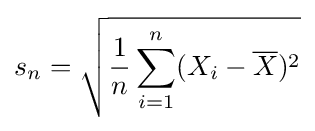
s_{n}={\sqrt {{\frac {1}{n}}\sum _{i=1}^{n}(X_{i}-{\overline {X}})^{2}}}